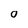
Character: 0